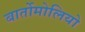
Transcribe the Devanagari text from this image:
बार्तोमोलियो